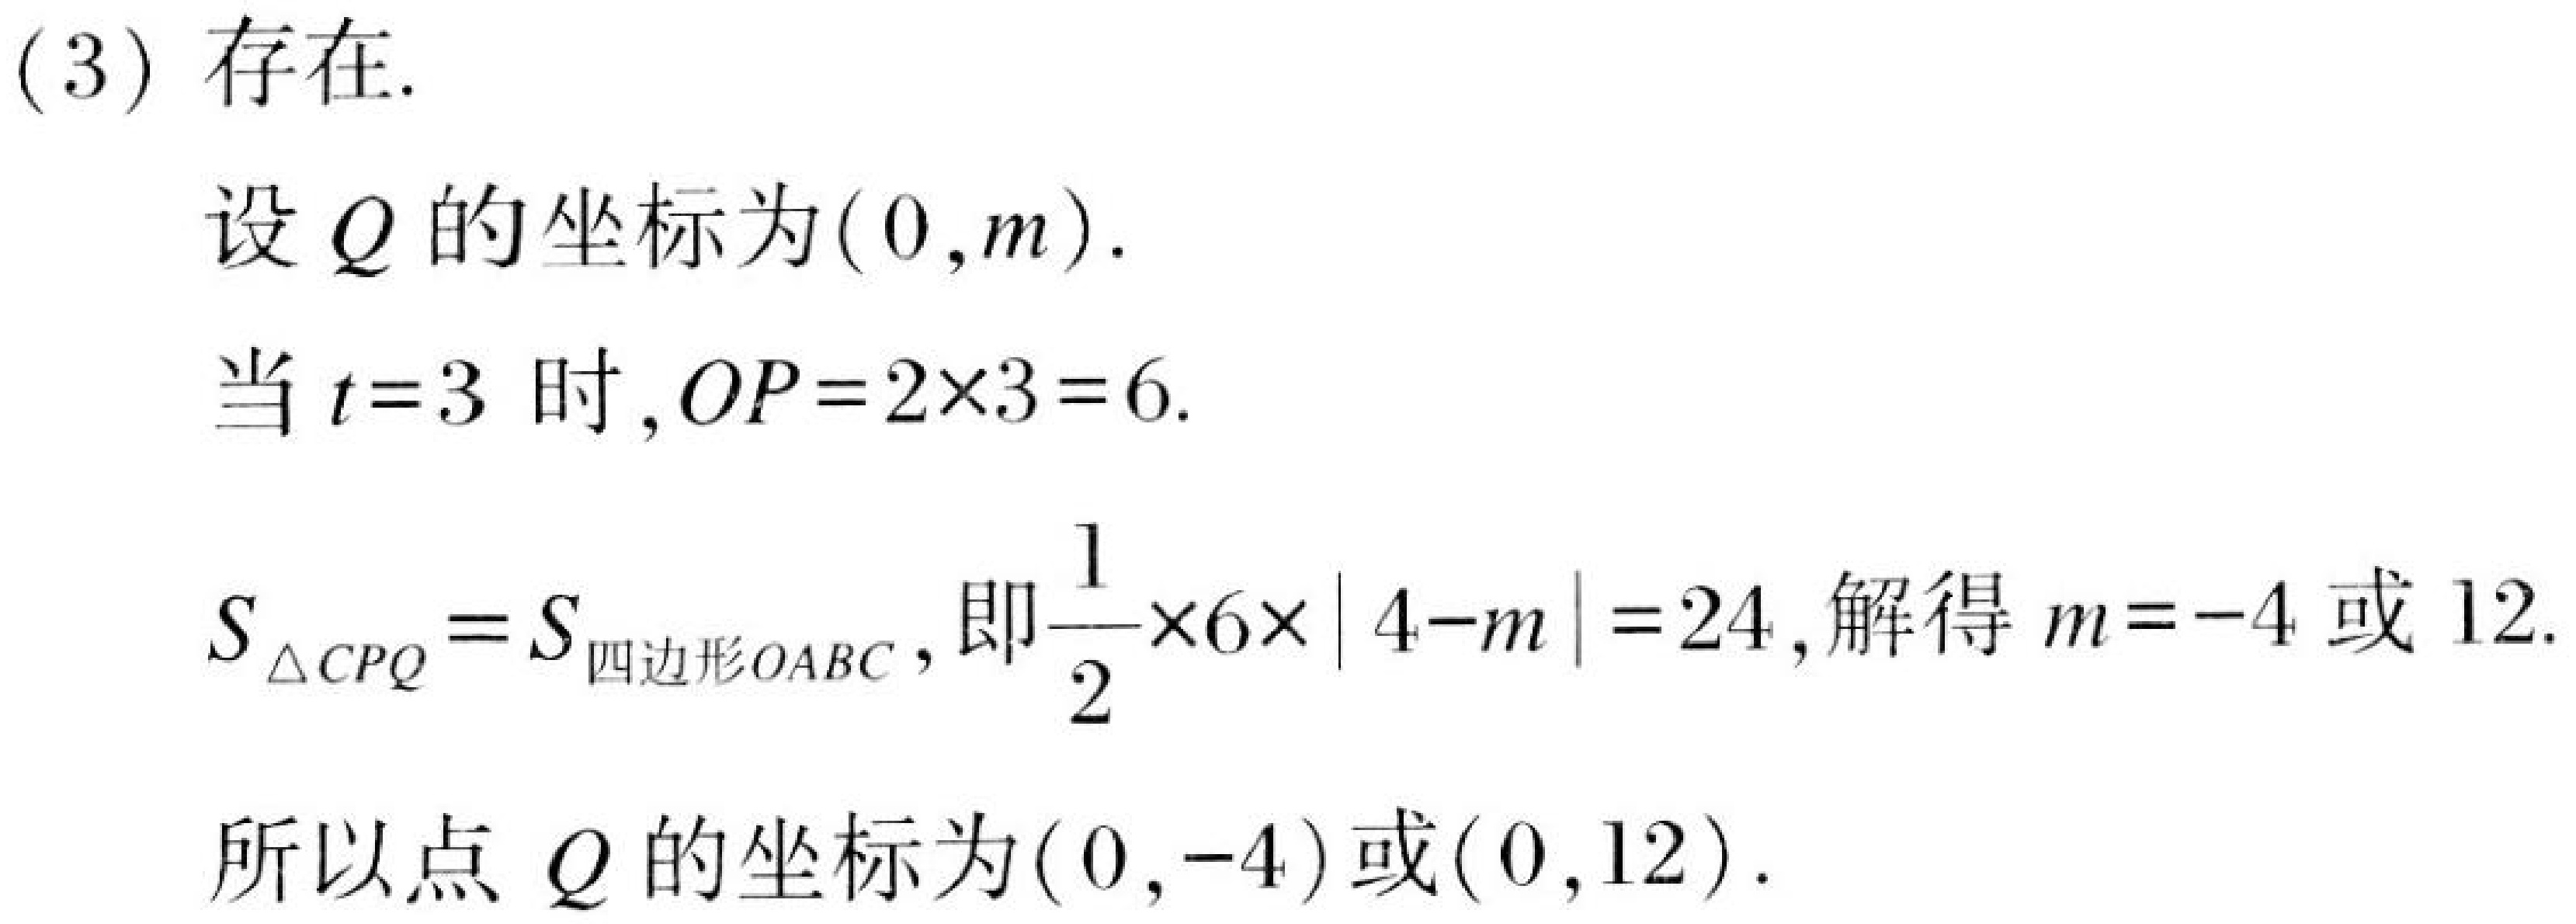
(3) 存在.

设 \(Q\) 的坐标为\((0,m)\).

当 \(t = 3\) 时,\(OP=2\times3 = 6\).

\(S_{\triangle CPQ}=S_{四边形OABC}\),即\(\frac{1}{2}\times6\times|4 - m|=24\),解得 \(m=-4\) 或 \(12\).

所以点 \(Q\) 的坐标为\((0,-4)\)或\((0,12)\).